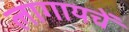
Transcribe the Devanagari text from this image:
लागायचें